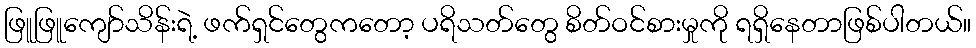
ဖြူဖြူကျော်သိန်းရဲ့ ဖက်ရှင်တွေကတော့ ပရိသတ်တွေ စိတ်ဝင်စားမှုကို ရရှိနေတာဖြစ်ပါတယ်။